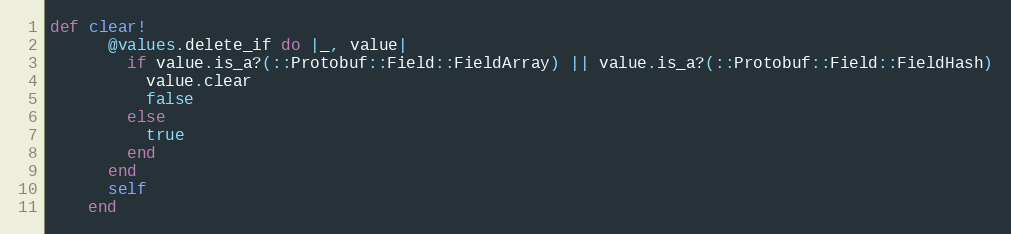
Language: Ruby
def clear!
      @values.delete_if do |_, value|
        if value.is_a?(::Protobuf::Field::FieldArray) || value.is_a?(::Protobuf::Field::FieldHash)
          value.clear
          false
        else
          true
        end
      end
      self
    end